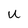
Character: u